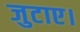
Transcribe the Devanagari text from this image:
जुटाए।